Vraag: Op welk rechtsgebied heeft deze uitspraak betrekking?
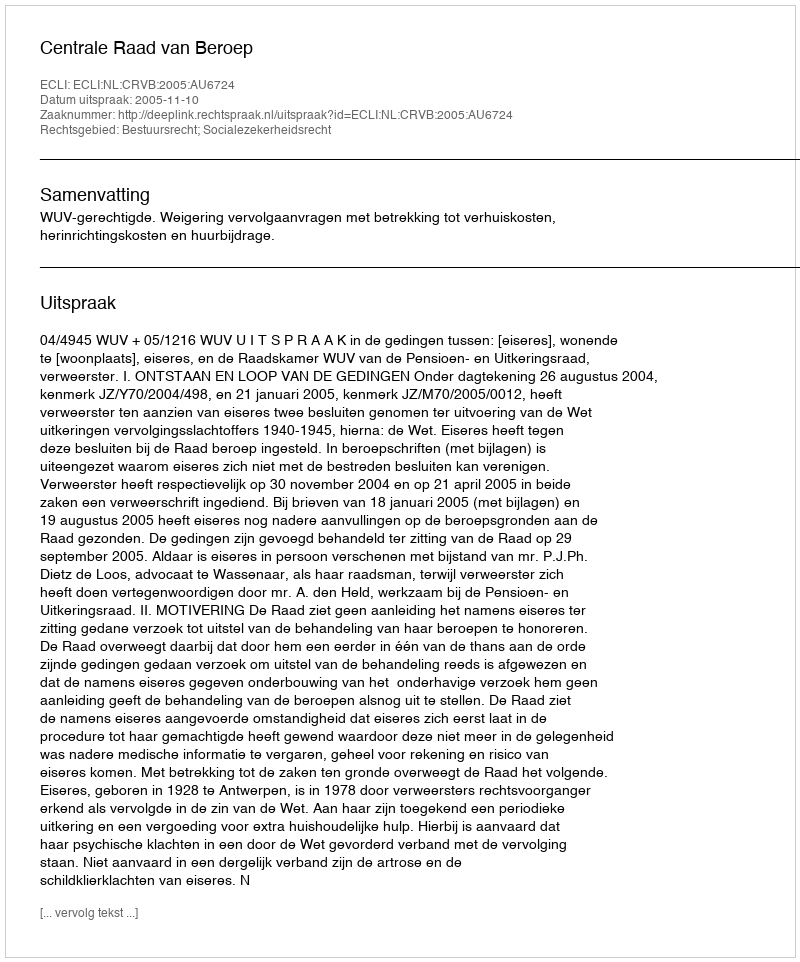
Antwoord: Bestuursrecht; Socialezekerheidsrecht